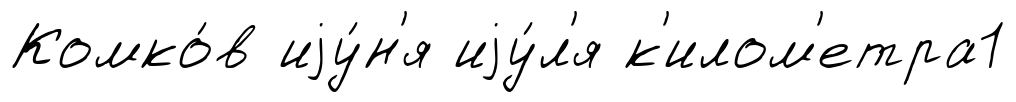
Комко́в иjу́н'я иjу́л'я к'илом'етра1